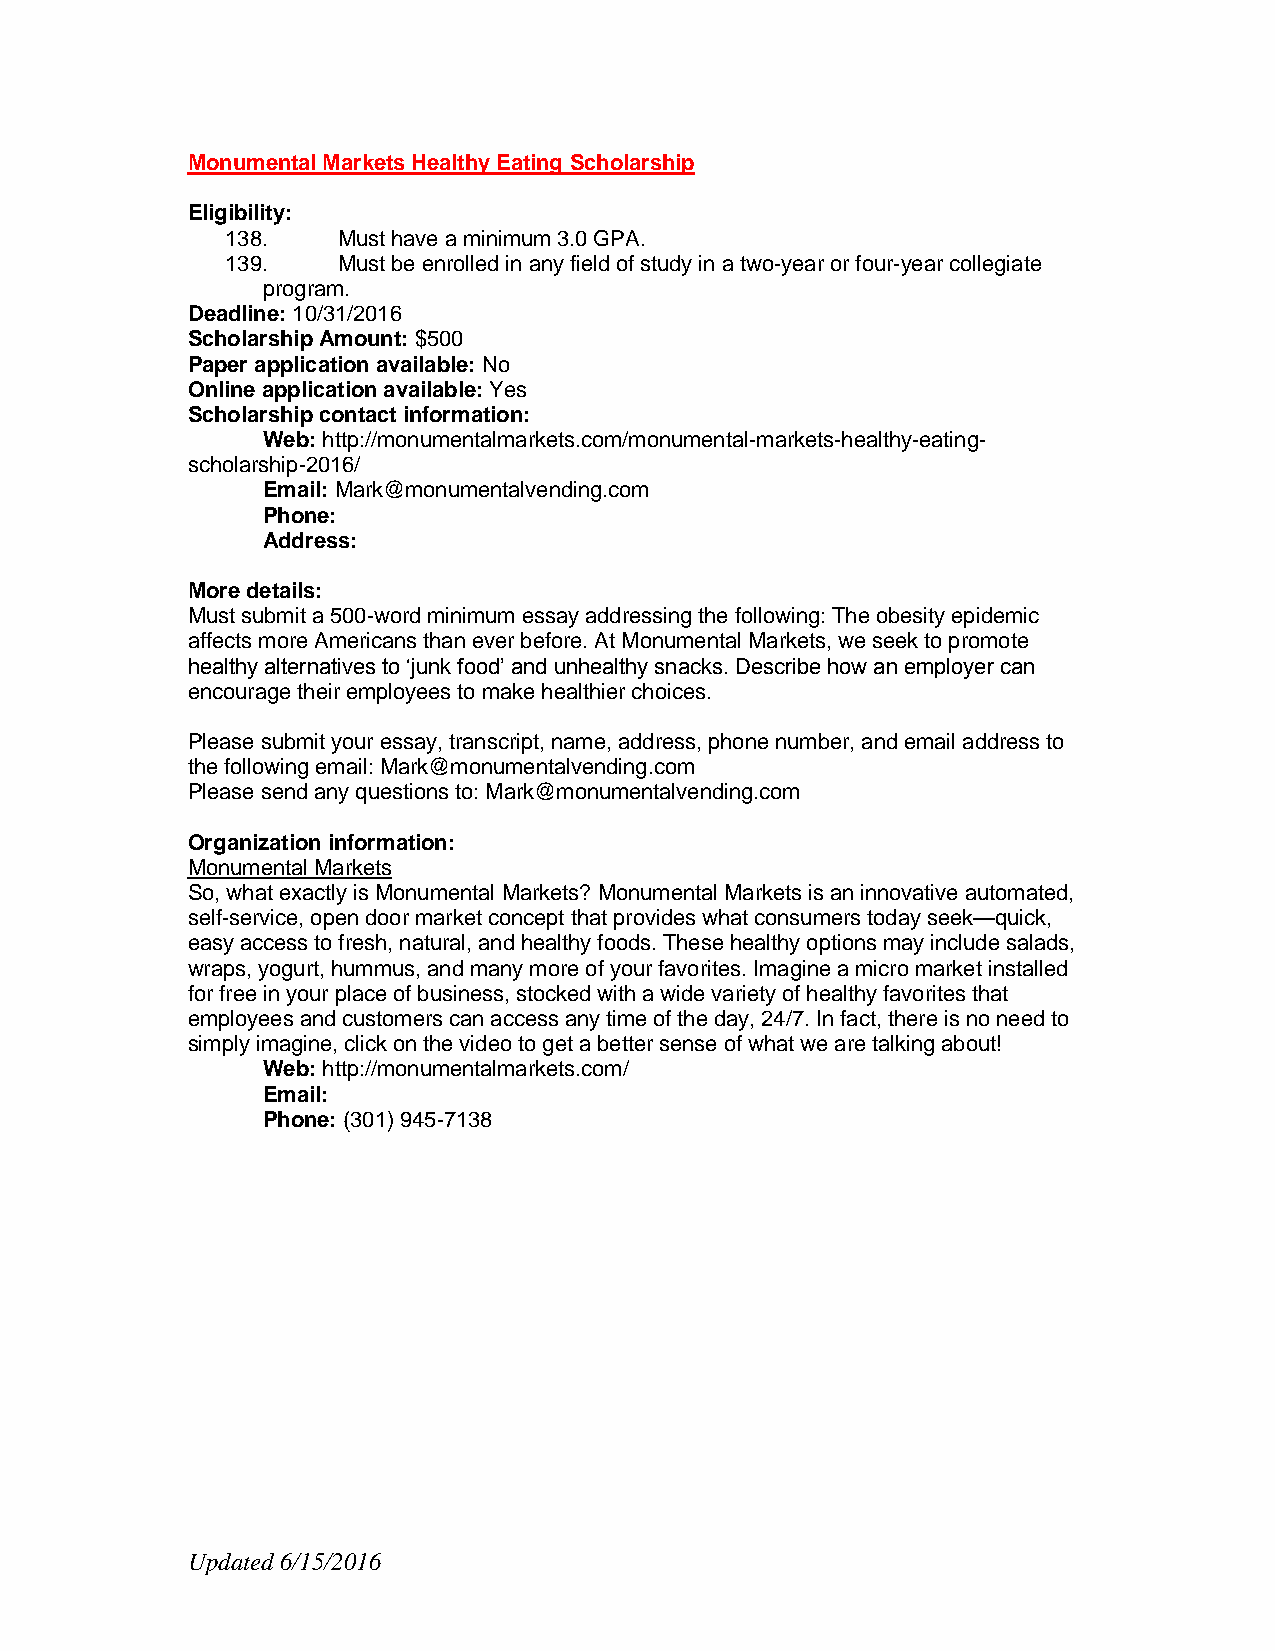
Monumental Markets Healthy Eating Scholarship
 Eligibility:
 138.   Must have a minimum 3.0 GPA.
 139.   Must be enrolled in any field of study in a two-year or four-year collegiate
 program.
 Deadline: 10/31/2016
 Scholarship Amount: $500
 Paper application available: No
 Online application available: Yes
 Scholarship contact information:
 Web: http://monumentalmarkets.com/monumental-markets-healthy-eating-
 scholarship-2016/
 Email: Mark@monumentalvending.com
 Phone:
 Address:
 More details:
 Must submit a 500-word minimum essay addressing the following: The obesity epidemic
 affects more Americans than ever before. At Monumental Markets, we seek to promote
 healthy alternatives to ‘junk food’ and unhealthy snacks. Describe how an employer can
 encourage their employees to make healthier choices.
 Please submit your essay, transcript, name, address, phone number, and email address to
 the following email: Mark@monumentalvending.com
 Please send any questions to: Mark@monumentalvending.com
 Organization information:
 Monumental Markets
 So, what exactly is Monumental Markets? Monumental Markets is an innovative automated,
 self-service, open door market concept that provides what consumers today seek—quick,
 easy access to fresh, natural, and healthy foods. These healthy options may include salads,
 wraps, yogurt, hummus, and many more of your favorites. Imagine a micro market installed
 for free in your place of business, stocked with a wide variety of healthy favorites that
 employees and customers can access any time of the day, 24/7. In fact, there is no need to
 simply imagine, click on the video to get a better sense of what we are talking about!
 Web: http://monumentalmarkets.com/
 Email:
 Phone: (301) 945-7138
 Updated 6/15/2016